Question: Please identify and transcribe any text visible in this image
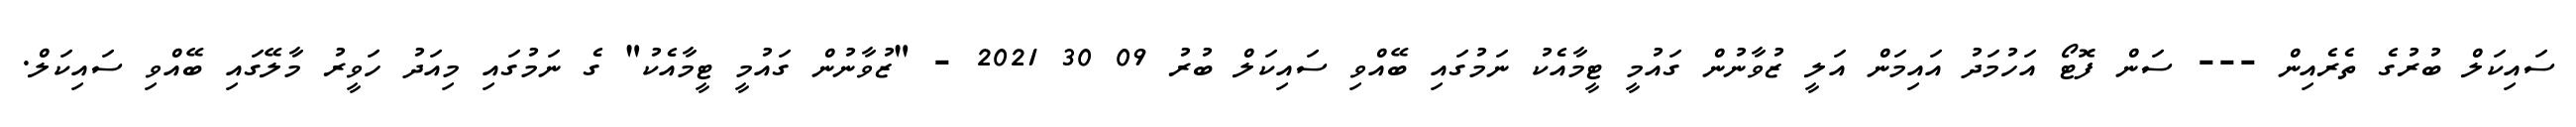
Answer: ސައިކަލް ބުރުގެ ތެރެއިން --- ސަން ފޮޓޯ އަހުމަދު އައިމަން އަލީ ޒުވާނުން ގައުމީ ޓީމާއެކު ނަމުގައި ބޭއްވި ސައިކަލް ބުރު 09 30 2021 - "ޒުވާނުން ގައުމީ ޓީމާއެކު" ގެ ނަމުގައި މިއަދު ހަވީރު މާލޭގައި ބޭއްވި ސައިކަލް.